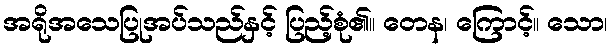
အရိုအသေပြုအပ်သည်နှင့် ပြည့်စုံ၏။ တေန၊ ကြောင့်။ သော၊